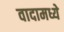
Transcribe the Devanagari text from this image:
वादामध्ये